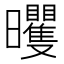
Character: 𣌗